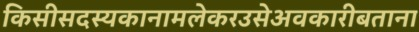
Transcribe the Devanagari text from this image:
किसीसदस्यकानामलेकरउसेअवकारीबताना